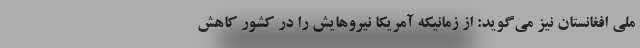
ملی افغانستان نیز می‌گوید: از زمانیکه آمریکا نیروهایش را در کشور کاهش